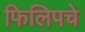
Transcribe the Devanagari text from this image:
फिलिपचे